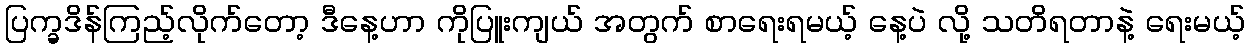
ပြက္ခဒိန်ကြည့်လိုက်တော့ ဒီနေ့ဟာ ကိုပြူးကျယ် အတွက် စာရေးရမယ့် နေ့ပဲ လို့ သတိရတာနဲ့ ရေးမယ့်